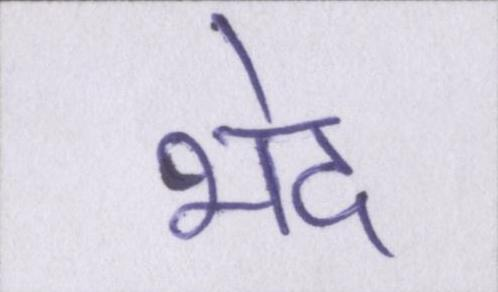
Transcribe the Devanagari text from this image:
भेद